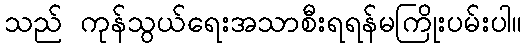
သည် ကုန်သွယ်ရေးအသာစီးရရန်မကြိုးပမ်းပါ။